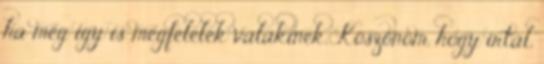
ha még igy is megfelelek valakinek, Köszönöm, hogy írtál,